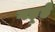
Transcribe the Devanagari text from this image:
गड़्हे